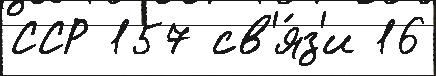
ССР 157 св'я́з'и 16